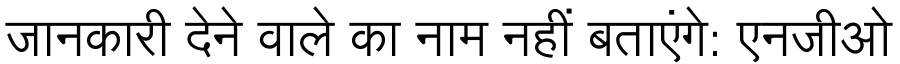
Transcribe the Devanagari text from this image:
जानकारी देने वाले का नाम नहीं बताएंगे: एनजीओ